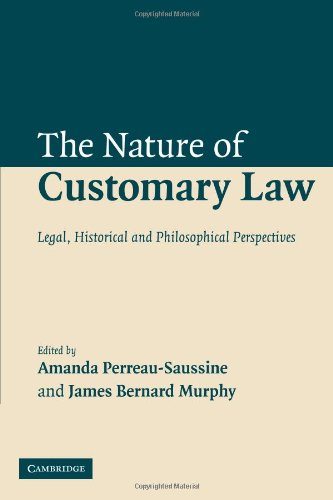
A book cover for The Nature of Customary Law: Legal, Historical and Philosophical Perspectives; Law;